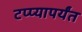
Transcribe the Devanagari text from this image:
टप्प्यापर्यंत